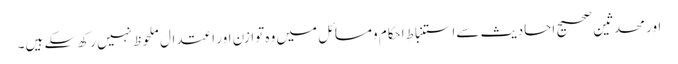
اور محدثین صحیح احادیث سےاستنباطِ احکام ومسائل میں وہ توازن اور اعتدال ملحوظ نہیں رکھ سکے ہیں۔